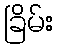
ခြိမ်း